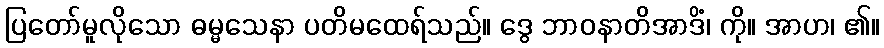
ပြတော်မူလိုသော ဓမ္မသေနာ ပတိမထေရ်သည်။ ဒွေ ဘာဝနာတိအာဒိံ၊ ကို။ အာဟ၊ ၏။